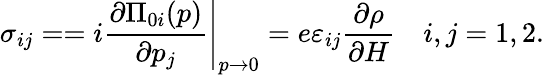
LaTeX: \sigma_{ij}==i\left.\frac{\partial\Pi_{0i}(p)}{\partial p_{j}}\right|_{p\rightarrow 0}=e\varepsilon_{ij}\frac{\partial\rho}{\partial H}\quad i,j=1,2.